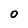
Character: 0